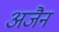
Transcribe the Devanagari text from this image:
अजैन